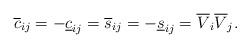
LaTeX: \begin{align*} \overline c_{ij} = -\underline c_{ij}= \overline s_{ij} = -\underline s_{ij}= \overline V_i \overline V_j.\end{align*}